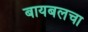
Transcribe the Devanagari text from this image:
बायबलचा